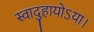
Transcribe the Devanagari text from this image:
स्वादुहायोऽया।